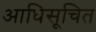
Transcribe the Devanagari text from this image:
आधिसूचित